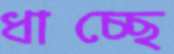
ধাচ্ছে